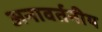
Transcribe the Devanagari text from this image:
अनावर्तनीय